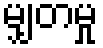
မျှတမှု